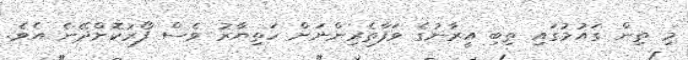
މި ތިން ގައުމުގައި ތިބި އީރާނުގެ ވަފާތެރިންނަށް ހަތިޔާރު ވެސް ފޯރުކޮށްދޭނެ އެވެ.